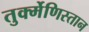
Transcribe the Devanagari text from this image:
तुर्क्मेणिस्तान